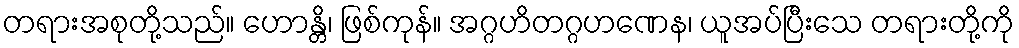
တရားအစုတို့သည်။ ဟောန္တိ၊ ဖြစ်ကုန်။ အဂ္ဂဟိတဂ္ဂဟဏေန၊ ယူအပ်ပြီးသေ တရားတို့ကို